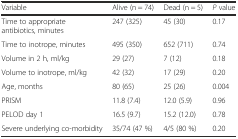
| Variable | Alive (n = 74) | Dead (n = 5) | P value |
 | --- | --- | --- | --- |
 | Time to appropriate antibiotics, minutes | 247 (325) | 45 (30) | 0.17 |
 | Time to inotrope, minutes | 495 (350) | 652 (711) | 0.74 |
 | Volume in 2 h, ml/kg | 29 (27) | 7 (12) | 0.18 |
 | Volume to inotrope, ml/kg | 42 (32) | 17 (29) | 0.20 |
 | Age, months | 80 (65) | 25 (26) | 0.004 |
 | PRISM | 11.8 (7.4) | 12.0 (5.9) | 0.96 |
 | PELOD day 1 | 16.5 (9.7) | 15.2 (12.0) | 0.78 |
 | Severe underlying co-morbidity | 35/74 (47 %) | 4/5 (80 %) | 0.20 |